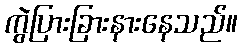
ကွဲပြားခြားနားနေသည်။